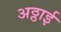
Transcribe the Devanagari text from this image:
अठ्ठाई